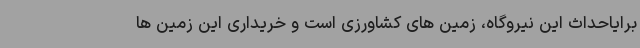
برایاحداث این نیروگاه، زمین های کشاورزی است و خریداری این زمین ها